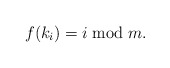
\begin{align*}f(k_i) = i \bmod{m}.\end{align*}